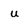
Character: u